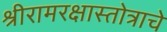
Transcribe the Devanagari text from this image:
श्रीरामरक्षास्तोत्राचे